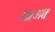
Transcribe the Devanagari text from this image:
ओ।अतः